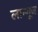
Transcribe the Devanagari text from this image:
लान्गूज